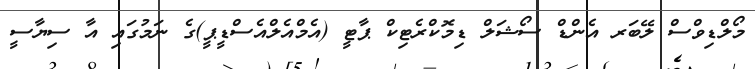
މޯލްޑިވްސް ލޭބަރ އެންޑް ސޯޝަލް ޑިމޮކްރެޓިކް ޕާޓީ (އެމްއެލްއެސްޑީޕީ)ގެ ނަމުގައި އާ ސިޔާސީ